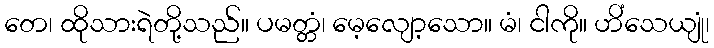
တေ၊ ထိုသားရဲတို့သည်။ ပမတ္တံ၊ မေ့လျော့သော။ မံ၊ ငါကို။ ဟိံသေယျုံ၊